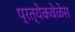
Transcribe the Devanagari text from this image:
प्रत्येकवेळेस